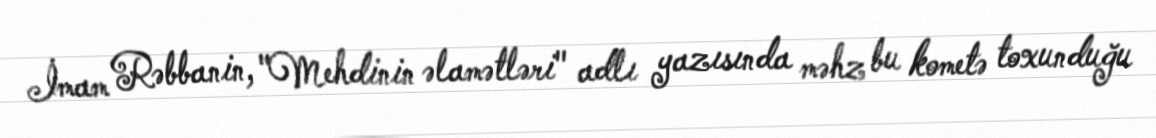
İmam Rəbbanin, "Mehdinin əlamətləri" adlı yazısında məhz bu kometə toxunduğu